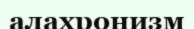
алахронизм